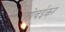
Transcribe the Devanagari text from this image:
गोवईकर